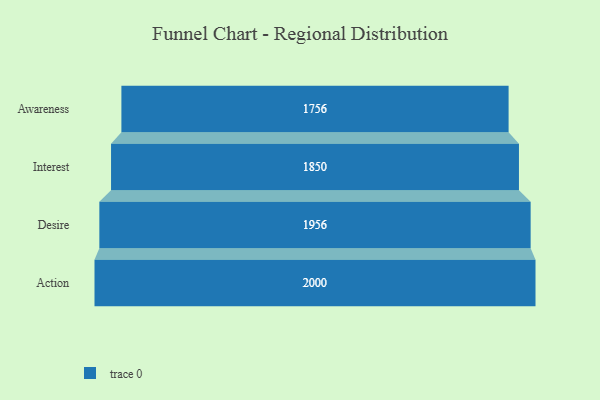
{"axis": {"x": "Stage", "y": "Value"}, "legend": [""], "data": [{"x": "Awareness", "y": 1756.0, "type": ""}, {"x": "Interest", "y": 1850.0, "type": ""}, {"x": "Desire", "y": 1956.0, "type": ""}, {"x": "Action", "y": 2000, "type": ""}]}